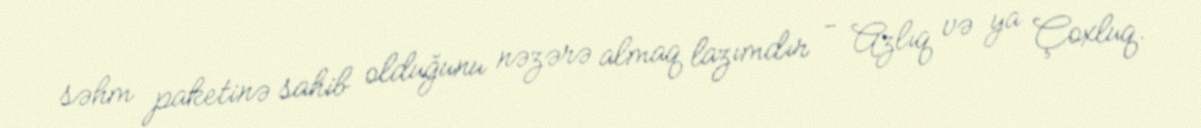
səhm paketinə sahib olduğunu nəzərə almaq lazımdır - Azlıq və ya Çoxluq.